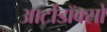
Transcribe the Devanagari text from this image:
आर्टोडॉक्सो